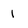
Character: 1